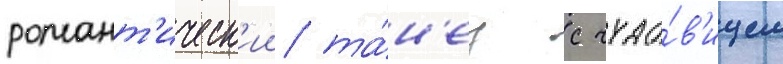
романт'ическ'ии та́н'ец с чудо́в'ищем